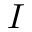
\boldsymbol { I }